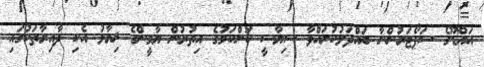
އައްޑޫގެ ސަޕޯޓަރުންނާ ބައްދަލުކުރައްވާ ސިޔާސީ ކަންކަމުގެ އިތުރުން ޔާމީންގެ ޚިޔާލު އެކި ދާއިރާތަކުގައި